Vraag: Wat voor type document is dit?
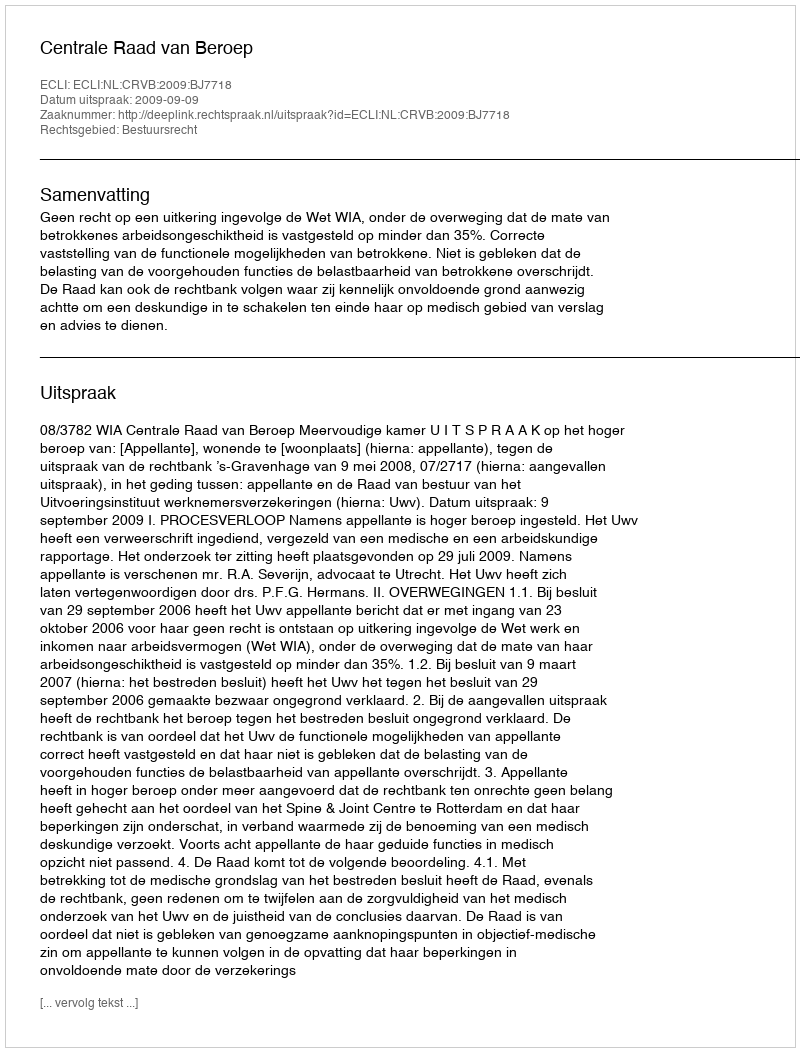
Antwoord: Uitspraak